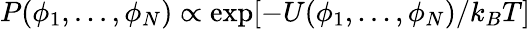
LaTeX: P(\phi_{1},...,\phi_{N})\propto\exp[-U(\phi_{1},...,\phi_{N})/k_{B}T]